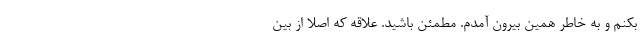
بکنم و به خاطر همین بیرون آمدم. مطمئن باشید. علاقه که اصلا از بین